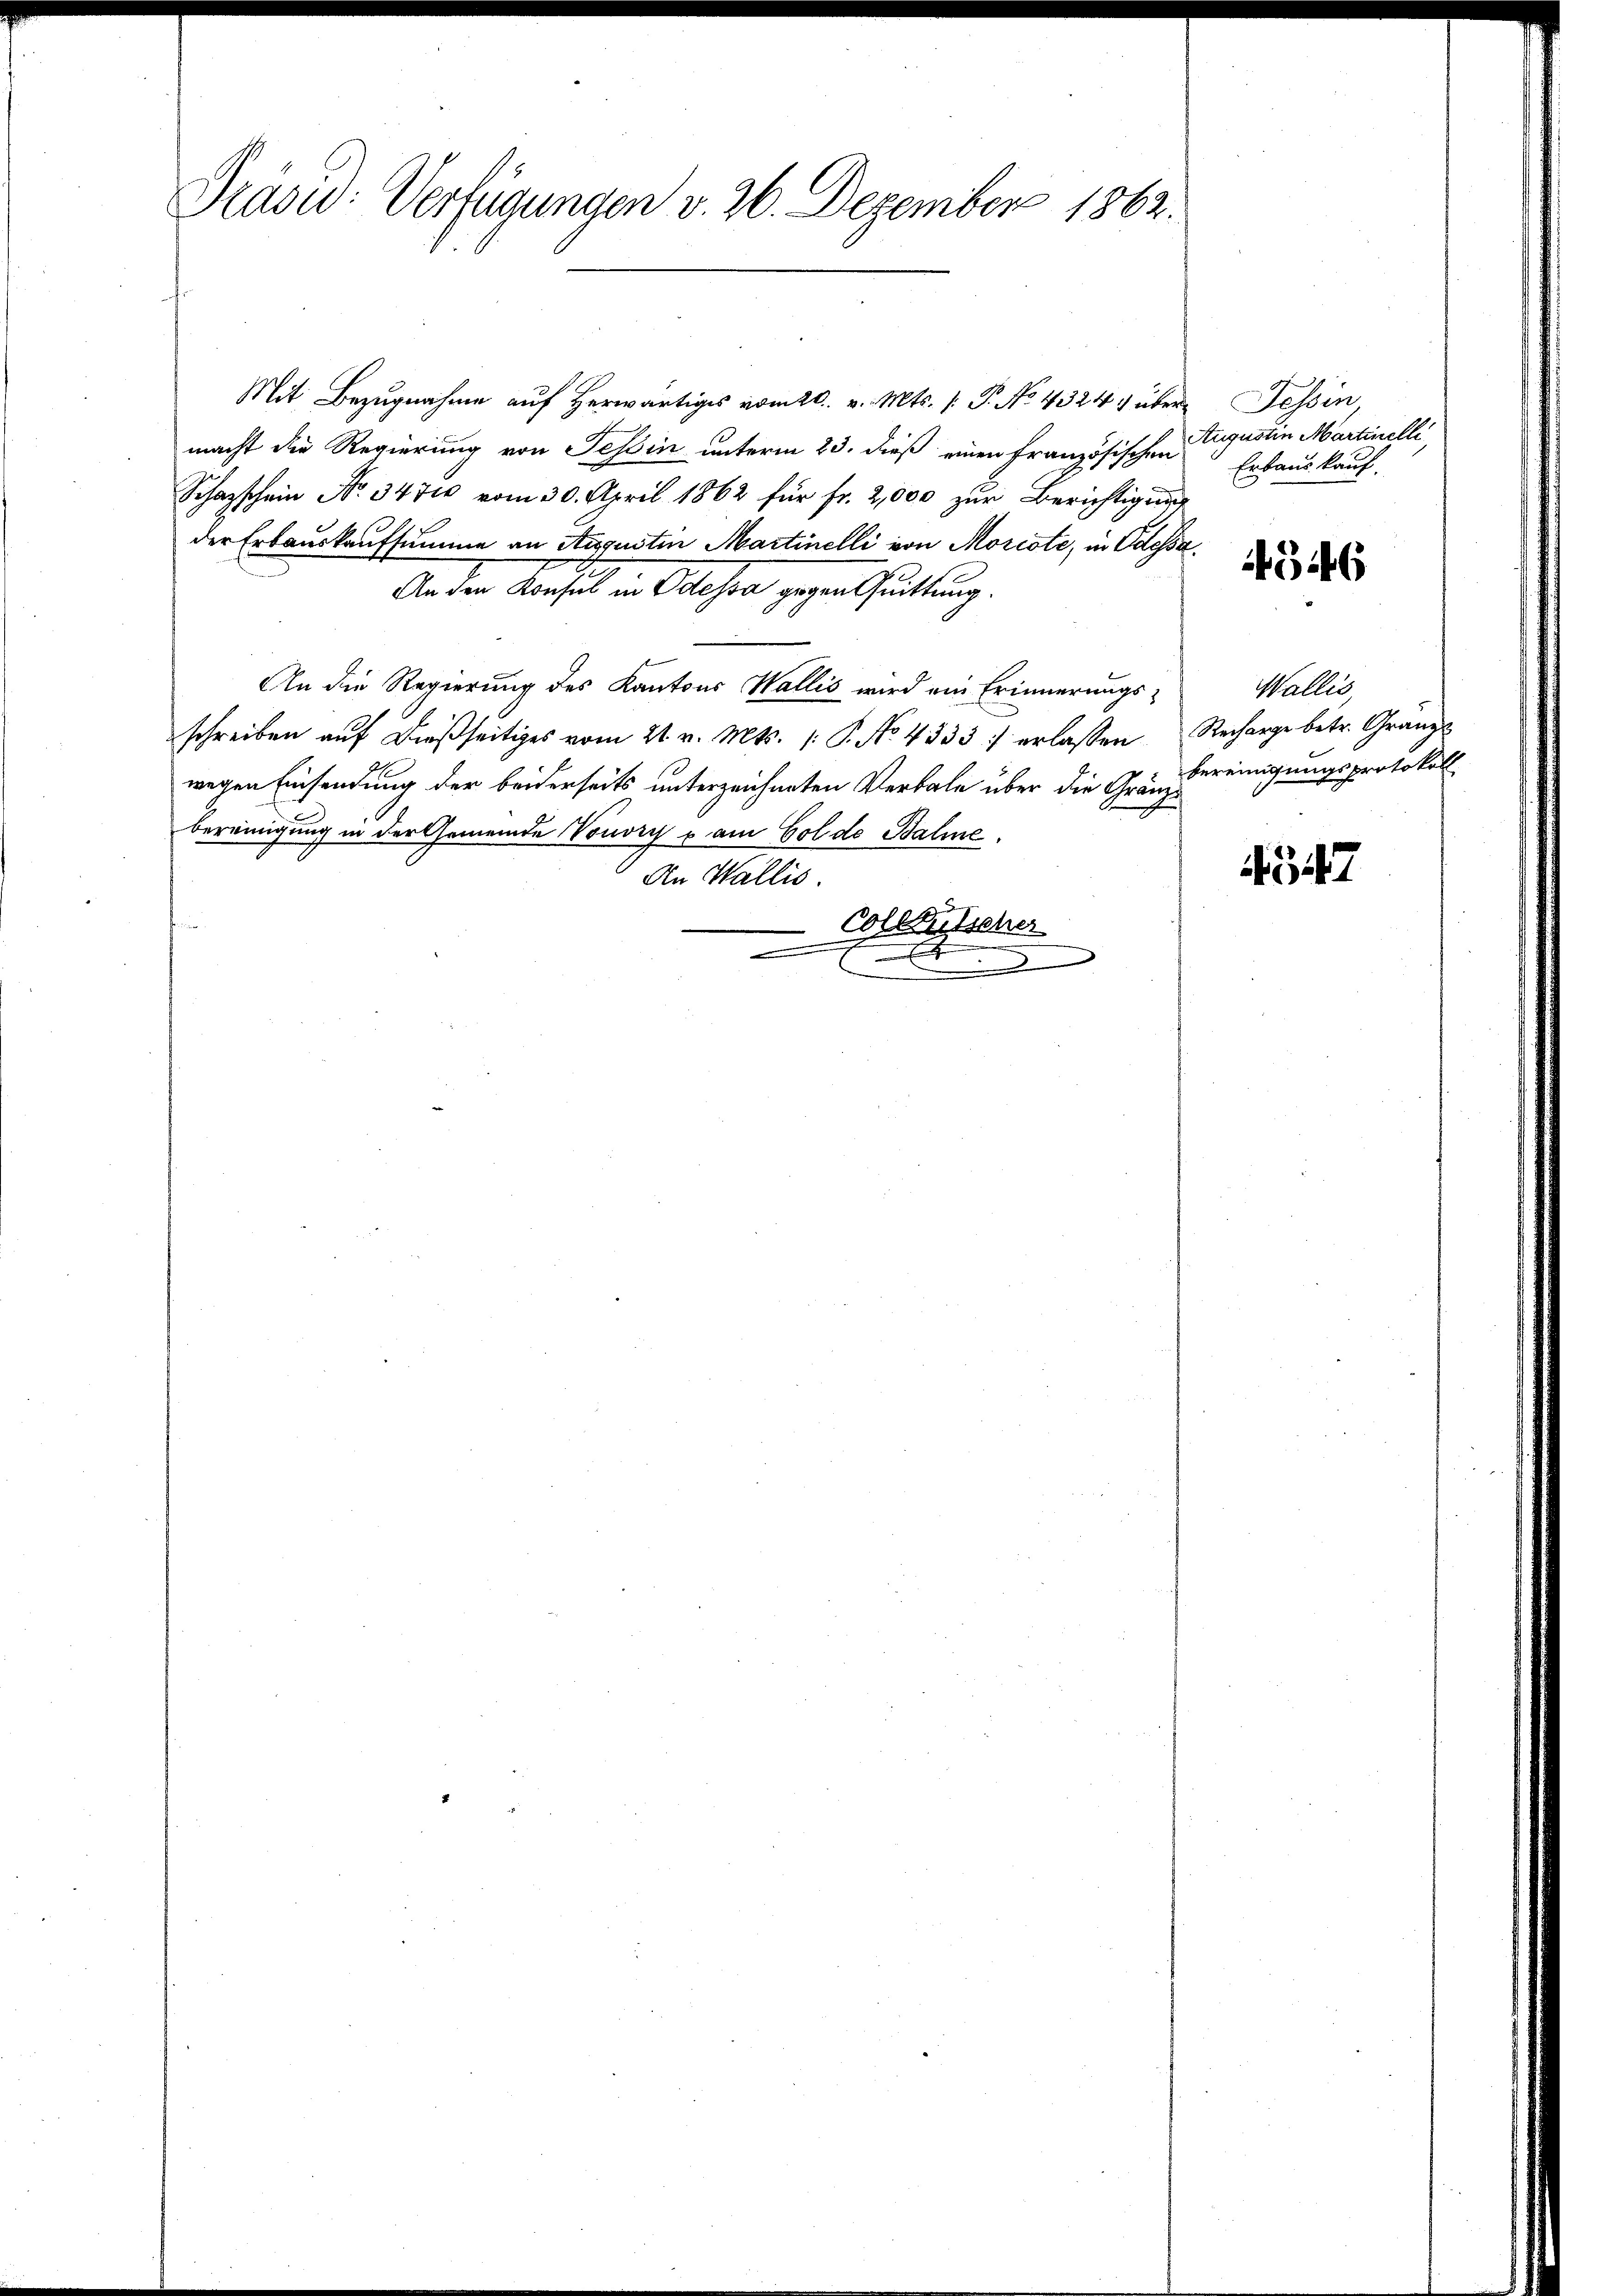
Präsid.: Verfügungen v. 26. Dezember 1862.

Mit Bezugnahme auf herwärtiges vom 20. v. Mts. (T. No 4324 über Tessin,
macht die Regierung von Tessin unterm 23. dieß einen französischen
Schazschein No 347 vom 30. April 1862 für fr. 2,000 zur Berichtigung
der Erbauskaufsumme an Augustin Martinelli von Morcote, in Odessa
An der Konseil in Ablehen gegenheitlung.
An die Regierung des Kantons Wallis wird ein Erinnerungs-
schreiben aŭf dießseitiges vom 21. v. Mts. (: P. No. 4333 :/ erlassen Recharge betr. Gränz
wegen Einsendung der beiderseits unterzeichneten Verbale über die Gräbereinigungsprotokoll
bereinigung in der Gemeinde Vouvry p am Golde Balme
An Wallis.
Colleutscher

u

Augustin Martinelli
Erbauskauf

546

Wallis,

47